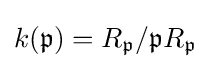
k({\mathfrak {p}})=R_{\mathfrak {p}}/{\mathfrak {p}}R_{\mathfrak {p}}